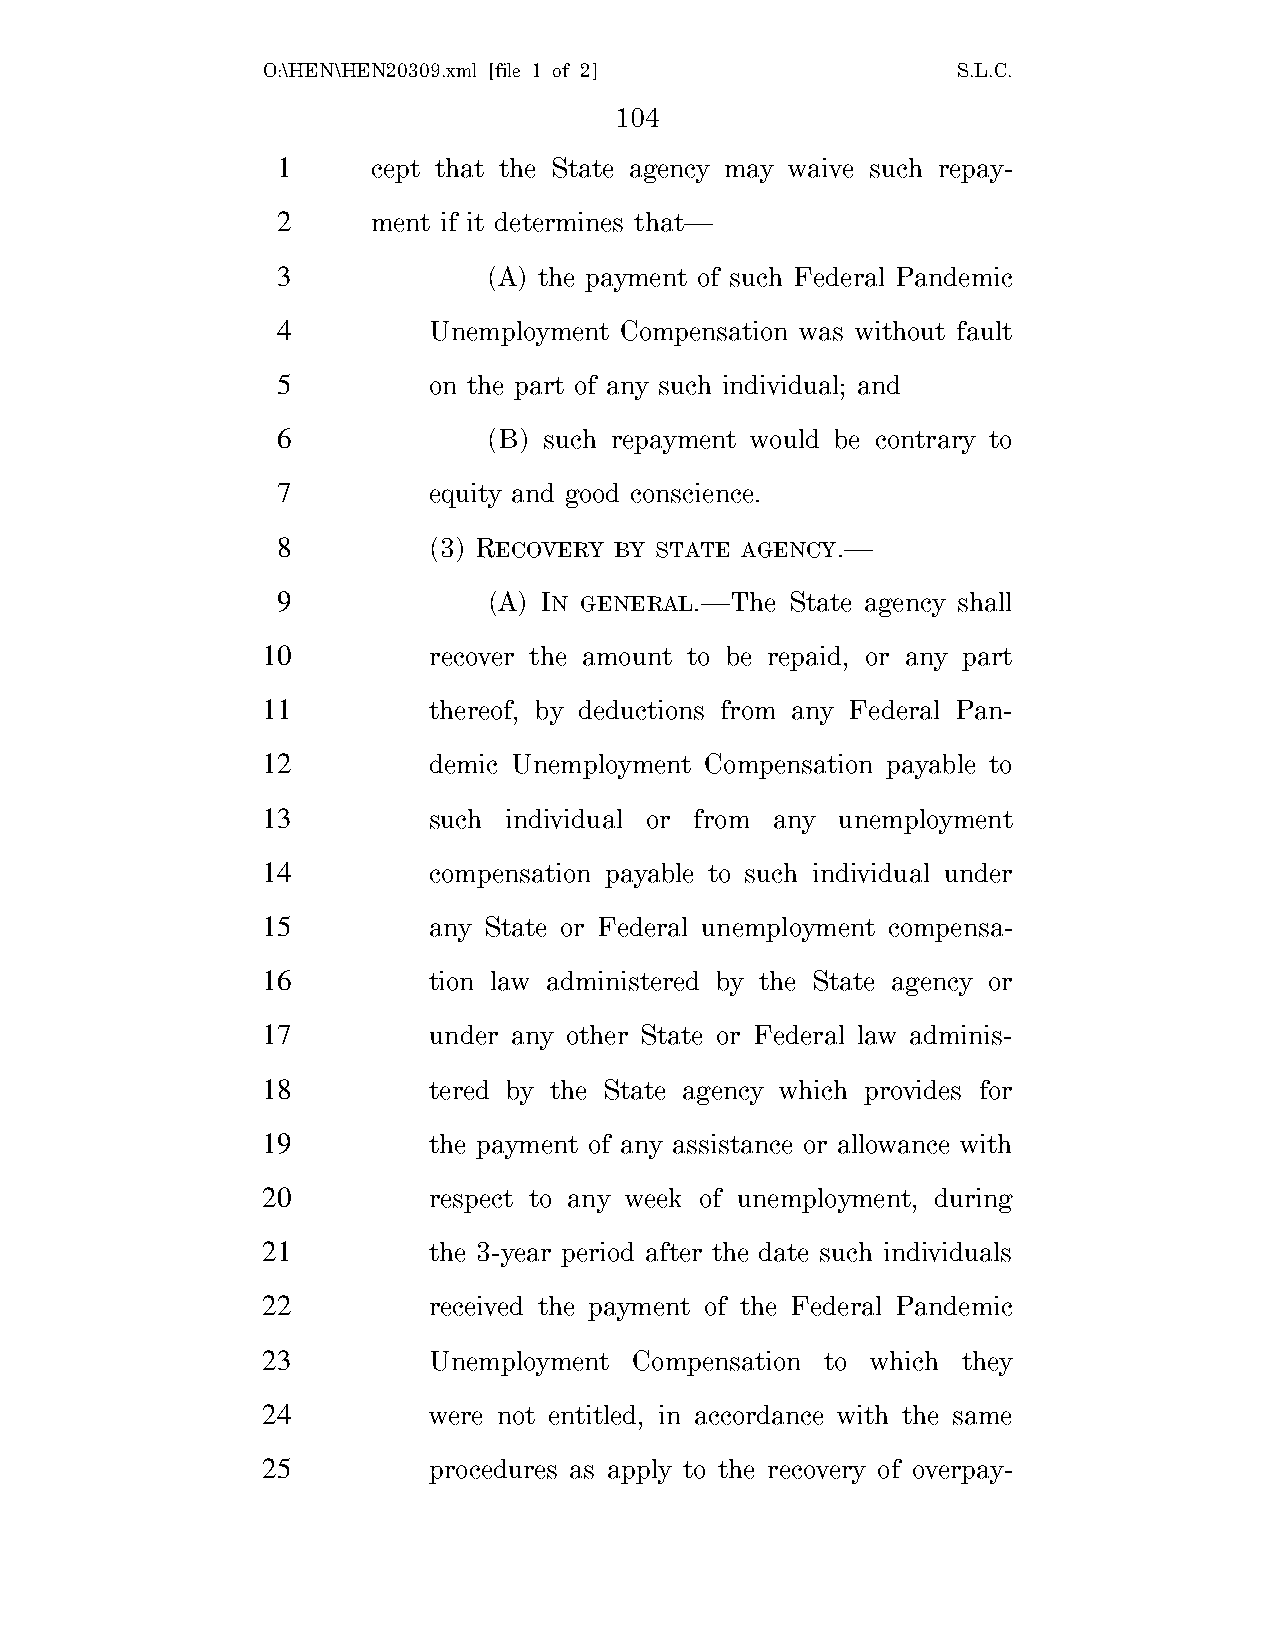
O:\HEN\HEN20309.xml [file 1 of 2]             S.L.C.
 104
 1      cept that the State agency may waive such repay-
 2      ment if it determines that—
 3             (A) the payment of such Federal Pandemic
 4         Unemployment Compensation was without fault
 5         on the part of any such individual; and
 6             (B) such repayment would be contrary to
 7         equity and good conscience.
 8         (3) RECOVERY BY STATE AGENCY.—
 9             (A) IN GENERAL.—The State agency shall
 10         recover the amount to be repaid, or any part
 11         thereof, by deductions from any Federal Pan-
 12         demic Unemployment Compensation payable to
 13         such individual or from any unemployment
 14         compensation payable to such individual under
 15         any State or Federal unemployment compensa-
 16         tion law administered by the State agency or
 17         under any other State or Federal law adminis-
 18         tered by the State agency which provides for
 19         the payment of any assistance or allowance with
 20         respect to any week of unemployment, during
 21         the 3-year period after the date such individuals
 22         received the payment of the Federal Pandemic
 23         Unemployment  Compensation to which they
 24         were not entitled, in accordance with the same
 25         procedures as apply to the recovery of overpay-